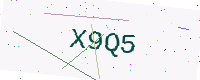
Text: X9Q5